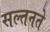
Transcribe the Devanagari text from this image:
सल्तनते